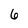
Character: 6